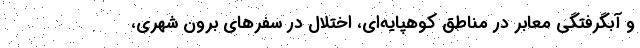
و آبگرفتگی معابر در مناطق کوهپایه‌ای، اختلال در سفرهای برون شهری،